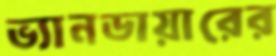
ভ্যানডায়ারের